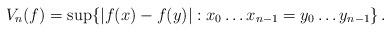
LaTeX: \begin{align*}V_n(f) = \sup\{|f(x) - f(y)| : x_0 \ldots x_{n-1} = y_0 \ldots y_{n-1}\} \,.\end{align*}